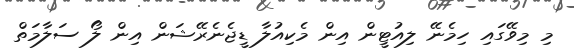
މި މިވޭގައި ހިމެނޭ ލިއުޓީން އިން މެކިއުލާ ޑީޖެނެރޭޝަން އިން ލޯ ސަލާމަތް